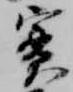
実